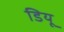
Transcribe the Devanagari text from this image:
डियू